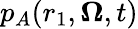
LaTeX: p_{A}(r_{1},\mathbf{\Omega},t)